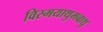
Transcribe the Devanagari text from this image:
विस्मयाथुमबाथू